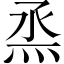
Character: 烝